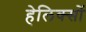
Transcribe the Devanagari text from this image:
हेलिक्सों